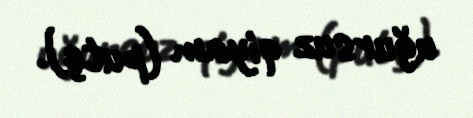
uğursuz qiyam (putç).